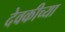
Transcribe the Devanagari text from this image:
देवकीच्या